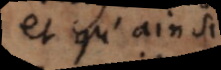
et qu’ainsi